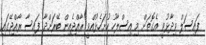
ފައިސަލް ވިދާޅުވީ އެގޮތަށް މި އިސްލާހު ހުށަހެޅުއްވީ ރާއްޖެއިން ބޭރަށްދާ ފައިސާ ރާއްޖޭގައި